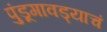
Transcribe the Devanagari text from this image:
पुंडूगावड्याचं